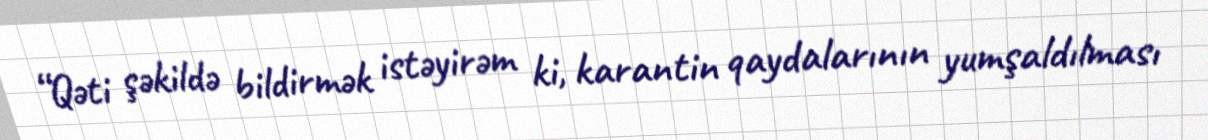
“Qəti şəkildə bildirmək istəyirəm ki, karantin qaydalarının yumşaldılması